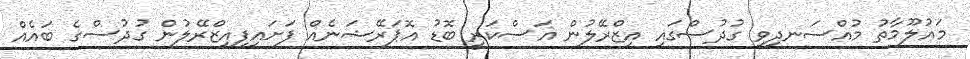
މައުލޫމާތު މުއްސަނދިވި ގުދުސްގައި އިޒްރޭލުން އަސްކަރީ ބޮޑު އޮޕަރޭޝަނެއް ފަށައިފިއިޒްރޭލުން ގުދުސްގެ ބައެއް